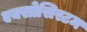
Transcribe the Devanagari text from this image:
एक्सोसिस्टम